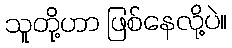
သူတို့ဟာ ဖြစ်နေလို့ပဲ။